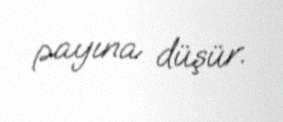
payına düşür.